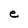
Character: e